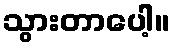
သွားတာပေါ့။